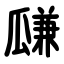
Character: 㼓